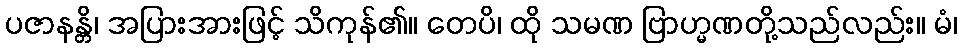
ပဇာနန္တိ၊ အပြားအားဖြင့် သိကုန်၏။ တေပိ၊ ထို သမဏ ဗြာဟ္မဏတို့သည်လည်း။ မံ၊